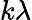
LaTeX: k\lambda